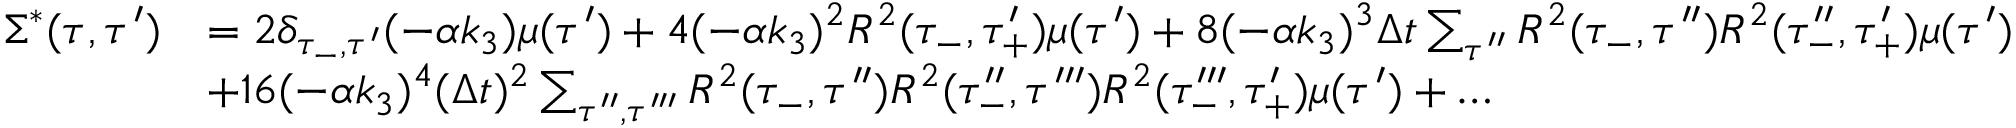
\begin{array} { r l } { \Sigma ^ { * } ( \tau , \tau ^ { \prime } ) } & { = 2 \delta _ { \tau _ { - } , \tau ^ { \prime } } ( - \alpha k _ { 3 } ) \mu ( \tau ^ { \prime } ) + 4 ( - \alpha k _ { 3 } ) ^ { 2 } R ^ { 2 } ( \tau _ { - } , \tau _ { + } ^ { \prime } ) \mu ( \tau ^ { \prime } ) + 8 ( - \alpha k _ { 3 } ) ^ { 3 } \Delta t \sum _ { \tau ^ { \prime \prime } } R ^ { 2 } ( \tau _ { - } , \tau ^ { \prime \prime } ) R ^ { 2 } ( \tau _ { - } ^ { \prime \prime } , \tau _ { + } ^ { \prime } ) \mu ( \tau ^ { \prime } ) } \\ & { + 1 6 ( - \alpha k _ { 3 } ) ^ { 4 } ( \Delta t ) ^ { 2 } \sum _ { \tau ^ { \prime \prime } , \tau ^ { \prime \prime \prime } } R ^ { 2 } ( \tau _ { - } , \tau ^ { \prime \prime } ) R ^ { 2 } ( \tau _ { - } ^ { \prime \prime } , \tau ^ { \prime \prime \prime } ) R ^ { 2 } ( \tau _ { - } ^ { \prime \prime \prime } , \tau _ { + } ^ { \prime } ) \mu ( \tau ^ { \prime } ) + \dots } \end{array}